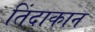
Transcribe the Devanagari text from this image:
तिंदाकान